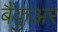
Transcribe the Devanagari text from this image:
बैंकुअर